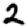
Digit: 2